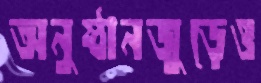
অনুষ্ঠানজুড়েও